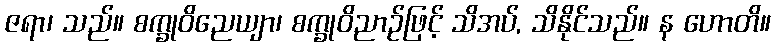
ဇရာ၊ သည်။ စက္ခုဝိညေယျာ၊ စက္ခုဝိညာဉ်ဖြင့် သိအပ်, သိနိုင်သည်။ န ဟောတိ။